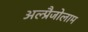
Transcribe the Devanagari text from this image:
अल्प्रैजोलाम